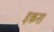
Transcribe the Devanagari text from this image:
इक़रा